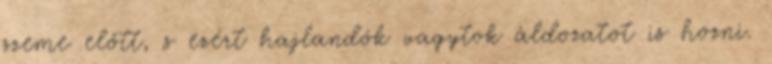
szeme előtt, s ezért hajlandók vagytok áldozatot is hozni.